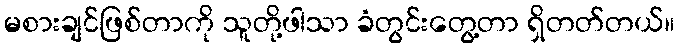
မစားချင်ဖြစ်တာကို သူတို့ဖါသာ ခံတွင်းတွေ့တာ ရှိတတ်တယ်။